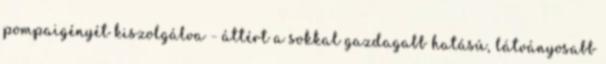
pompaigényét kiszolgálva - áttért a sokkal gazdagabb hatású, látványosabb